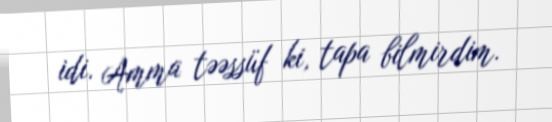
idi. Amma təəssüf ki, tapa bilmirdim.